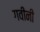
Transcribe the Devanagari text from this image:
गवीनी